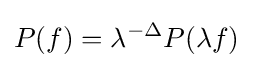
P(f)=\lambda ^{-\Delta }P(\lambda f)